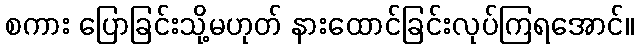
စကား ပြောခြင်းသို့မဟုတ် နားထောင်ခြင်းလုပ်ကြရအောင်။